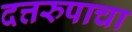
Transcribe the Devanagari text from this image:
दत्तरुपाचा